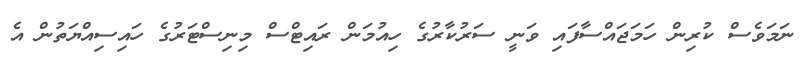
ނަމަވެސް ކުރިން ހަމަޖައްސާފައި ވަނީ ސަރުކާރުގެ ހިއުމަން ރައިޓްސް މިނިސްޓަރުގެ ހައިސިއްޔަތުން އެ